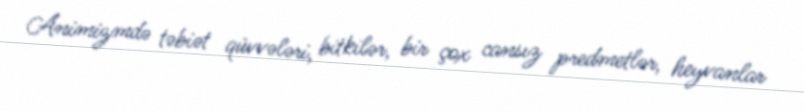
Animizmdə təbiət qüvvələri, bitkilər, bir çox cansız predmetlər, heyvanlar